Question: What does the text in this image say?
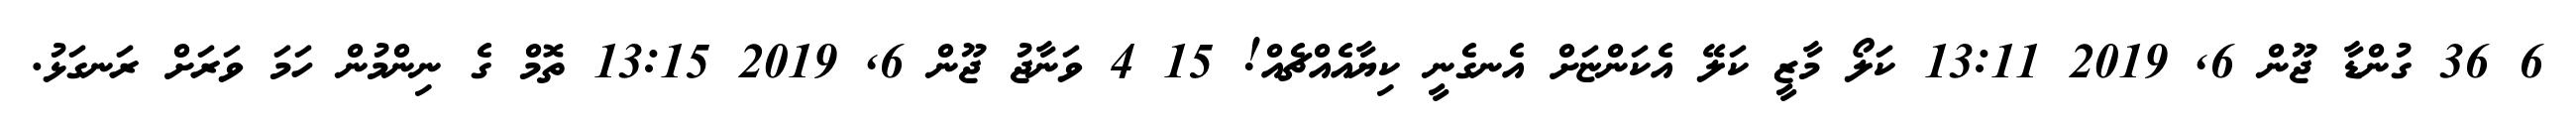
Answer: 6 36 ގުންޑާ ޖޫން 6, 2019 13:11 ކަލޯ މާޒީ ކަލޭ އެކަންޏަށް އެނގެނީ ކިޔާއެއްޗެއް! 15 4 ވަނާޖު ޖޫން 6, 2019 13:15 ތޮމް ގެ ނިންމުން ހަމަ ވަރަށް ރަނގަޅު.